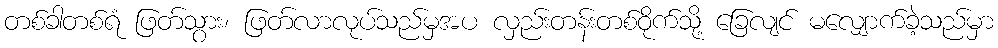
တစ်ခါတစ်ရံ ဖြတ်သွား၊ ဖြတ်လာလုပ်သည်မှအပ လှည်းတန်းတစ်ဝိုက်သို့ ခြေလျင် မလျှောက်ခဲ့သည်မှာ